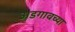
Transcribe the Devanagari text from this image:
अडगावच्या